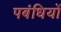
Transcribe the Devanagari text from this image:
पबंधियों